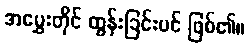
အမွှေးတိုင် ထွန်းခြင်းပင် ဖြစ်၏။